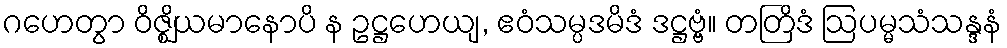
ဂဟေတွာ ဝိဇ္ဈိယမာနောပိ န ဥဋ္ဌဟေယျ, ဧဝံသမ္ပဒမိဒံ ဒဋ္ဌဗ္ဗံ။ တတြိဒံ ဩပမ္မသံသန္ဒနံ